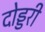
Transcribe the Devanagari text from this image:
दोड्डरी